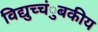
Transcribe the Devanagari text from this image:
विद्युच्चंुबकीय